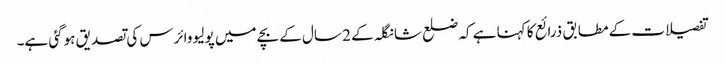
تفصیلات کے مطابق ذرائع کا کہنا ہے کہ ضلع شانگلہ کے 2 سال کے بچے میں پولیو وائرس کی تصدیق ہوگئی ہے۔